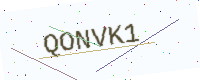
Text: QONVK1